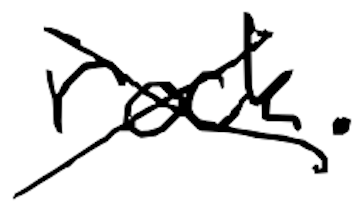
Text: rock.
Cross-out: cross
Writing tool: digital_black